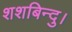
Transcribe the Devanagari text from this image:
शशबिन्दु।